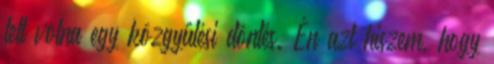
lett volna egy közgyűlési döntés. Én azt hiszem, hogy